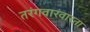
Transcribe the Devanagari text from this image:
तरंगवारंवारता